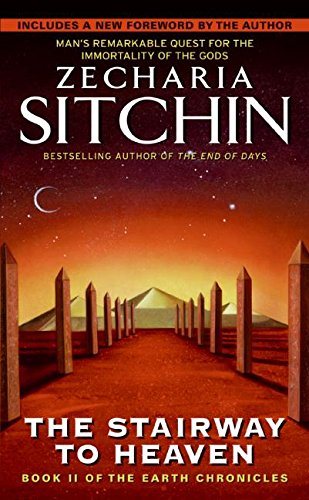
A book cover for The Stairway to Heaven: Book II of the Earth Chronicles (The Earth Chronicles); Zecharia Sitchin; Science & Math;